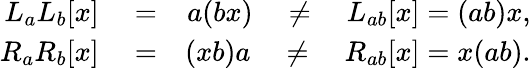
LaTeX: \begin{array}{rlr}{L_{a}L_{b}[x]}&{{}=}&{a(bx)\quad\neq\quad L_{ab}[x]=(ab)x,}\\ {R_{a}R_{b}[x]}&{{}=}&{(xb)a\quad\neq\quad R_{ab}[x]=x(ab).}\end{array}